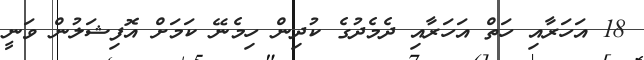
18 އަހަރާއި ހަތް އަހަރާއި ދެމެދުގެ ކުދިން ހިމެނޭ ކަމަށް އޮފިޝަލުން ވަނީ